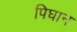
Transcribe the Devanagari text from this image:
पिघान